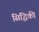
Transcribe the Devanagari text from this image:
सिद्धिकी